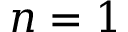
n = 1